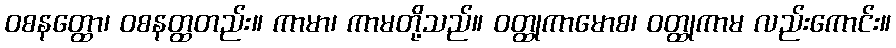
ဝစနတ္ထော၊ ဝစနတ္ထတည်း။ ကာမာ၊ ကာမတို့သည်။ ဝတ္ထုကာမောစ၊ ဝတ္ထုကာမ လည်းကောင်း။